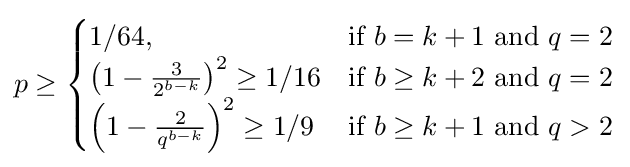
p\geq {\begin{cases}1/64,&{\text{if }}b=k+1{\text{ and }}q=2\\\left(1-{\frac {3}{2^{b-k}}}\right)^{2}\geq 1/16&{\text{if }}b\geq k+2{\text{ and }}q=2\\\left(1-{\frac {2}{q^{b-k}}}\right)^{2}\geq 1/9&{\text{if }}b\geq k+1{\text{ and }}q>2\end{cases}}